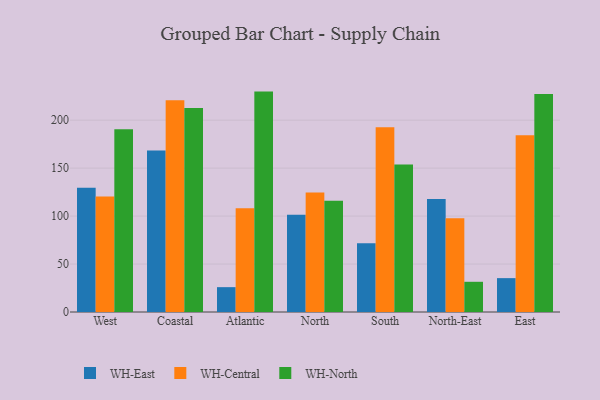
{"axis": {"x": "Region", "y": "Customer Acquisition Cost (USD)"}, "legend": ["WH-Central", "WH-East", "WH-North"], "data": [{"x": "West", "y": 129.5, "type": "WH-East"}, {"x": "West", "y": 120.5, "type": "WH-Central"}, {"x": "West", "y": 190.5, "type": "WH-North"}, {"x": "Coastal", "y": 168.4, "type": "WH-East"}, {"x": "Coastal", "y": 220.9, "type": "WH-Central"}, {"x": "Coastal", "y": 212.7, "type": "WH-North"}, {"x": "Atlantic", "y": 25.9, "type": "WH-East"}, {"x": "Atlantic", "y": 108.1, "type": "WH-Central"}, {"x": "Atlantic", "y": 229.8, "type": "WH-North"}, {"x": "North", "y": 101.3, "type": "WH-East"}, {"x": "North", "y": 124.6, "type": "WH-Central"}, {"x": "North", "y": 116.1, "type": "WH-North"}, {"x": "South", "y": 71.8, "type": "WH-East"}, {"x": "South", "y": 192.7, "type": "WH-Central"}, {"x": "South", "y": 153.8, "type": "WH-North"}, {"x": "North-East", "y": 117.9, "type": "WH-East"}, {"x": "North-East", "y": 97.8, "type": "WH-Central"}, {"x": "North-East", "y": 31.5, "type": "WH-North"}, {"x": "East", "y": 35.3, "type": "WH-East"}, {"x": "East", "y": 184.2, "type": "WH-Central"}, {"x": "East", "y": 227.2, "type": "WH-North"}]}